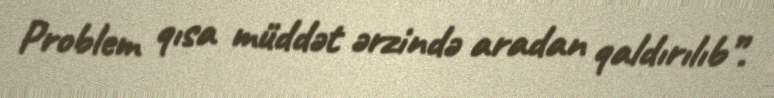
Problem qısa müddət ərzində aradan qaldırılıb”.